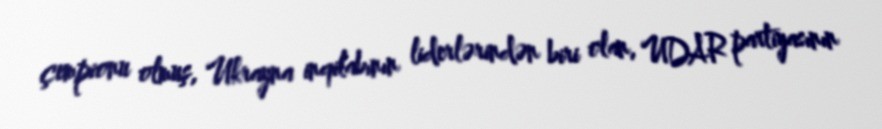
çempionu olmuş, Ukrayna inqilabının liderlərindən biri olan, UDAR partiyasının